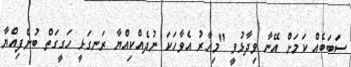
ސަބަބެއް ކަމަށް އޭނާ ވިދާޅުވީ "މިހާރު އެވާހަކަ ނުދެއްކިއްޔާ ރަނގަޅީ ހަގީގަތް ބުނެފިއްޔާ